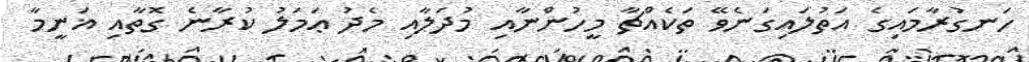
ހަނގުރާމައިގެ އަތުލައިގަނެވޭ ތަކެއްޗާ މީހުންނާއި މުދަލާއި މެދު ޢަމަލު ކުރާނެ ގޮތާއި ޣަނީމާ